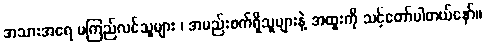
အသားအရေ မကြည်လင်သူများ ၊ အမည်းစက်ရှိသူများနဲ့ အထူးကို သင့်တော်ပါတယ်နော်။